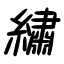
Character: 繡